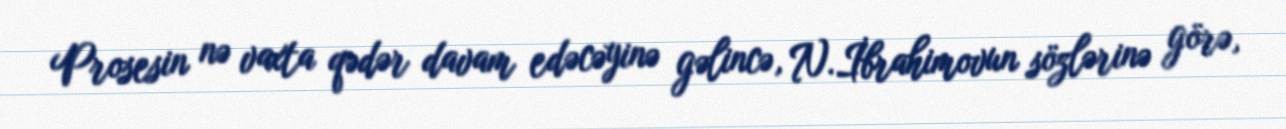
Prosesin nə vaxta qədər davam edəcəyinə gəlincə, N.İbrahimovun sözlərinə görə,